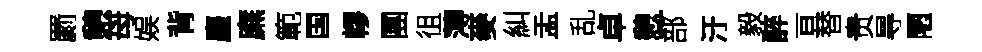
罽憩母娱背麈廡範国轇團徂薄麥糾盂乱卓憩一部汙毅醉亘替贵㝵陋